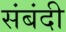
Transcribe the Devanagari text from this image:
संबंदी